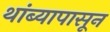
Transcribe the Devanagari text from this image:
थांब्यापासून